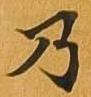
乃